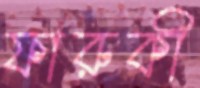
ফারুকী